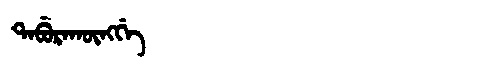
Manchu: ᡨᠠᠪᡠᡵᠠᡴᡡᠩᡤᡝ
Romanization: TABURAKŪNGGE